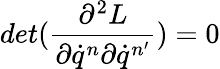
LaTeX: det(\frac{\partial^{2}L}{\partial\dot{q}^{n}\partial\dot{q}^{n^{\prime}}})=0